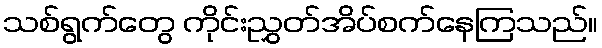
သစ်ရွက်တွေ ကိုင်းညွှတ်အိပ်စက်နေကြသည်။